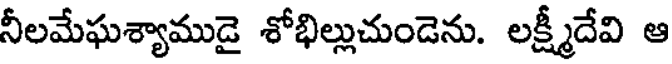
నీలమేఘశ్యాముడై శోభిల్లుచుండెను. లక్ష్మీదేవి ఆ